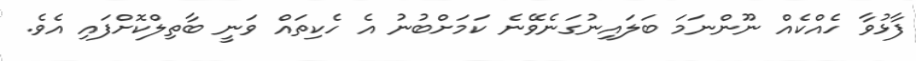
ފާޅުވާ ހެއްކެއް ނޫންނަމަ ބަލައިނުގަނެވޭނެ ކަމަށްބުނު އެ ހެކިތައް ވަނީ ބާތިލްކޮށްފައި އެވެ.